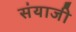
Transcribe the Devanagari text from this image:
संयाजी